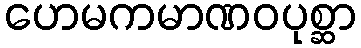
ဟေမကမာဏဝပုစ္ဆာ